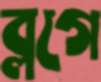
ব্লগে